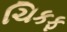
ચિકફ